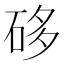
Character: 𥒥